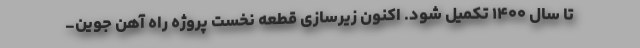
تا سال ۱۴۰۰ تکمیل شود. اکنون زیرسازی قطعه نخست پروژه راه آهن جوین_